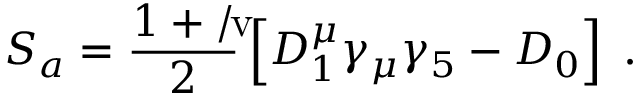
S _ { a } = \frac { 1 + { \rlap { v } / } } { 2 } \left[ D _ { 1 } ^ { \mu } \gamma _ { \mu } \gamma _ { 5 } - D _ { 0 } \right] \; .